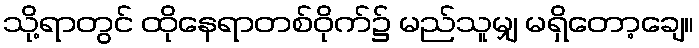
သို့ရာတွင် ထိုနေရာတစ်ဝိုက်၌ မည်သူမျှ မရှိတော့ချေ။